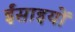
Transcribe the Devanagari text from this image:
ईंसाइयों